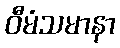
ဝီမံသမာနာ